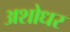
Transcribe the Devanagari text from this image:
अशोधर